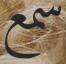
سمع